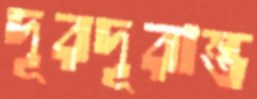
দূরদূরান্ত